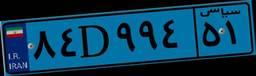
۸۴D۹۹۴۵۱